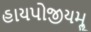
હાયપોજીયમૢ